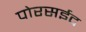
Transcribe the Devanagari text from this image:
पोरसईद